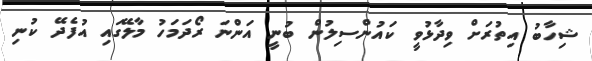
ޝިހާބު އިތުރަށް ވިދާޅުވީ ކައުންސިލުން ބުނީ އަންނަ ރޯދަމަހު މާލޭގައި އުފެދޭ ކުނި